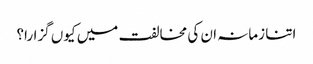
اتنا زمانہ ان کی مخالفت میں کیوں گزارا؟